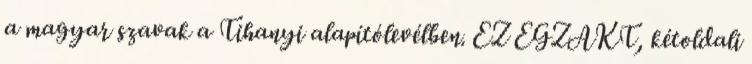
a magyar szavak a Tihanyi alapítólevélben. EZ EGZAKT, kétoldali